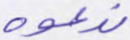
ندعوه